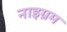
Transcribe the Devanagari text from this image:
नाइग्रम